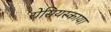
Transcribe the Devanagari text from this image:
रोसियस्काया